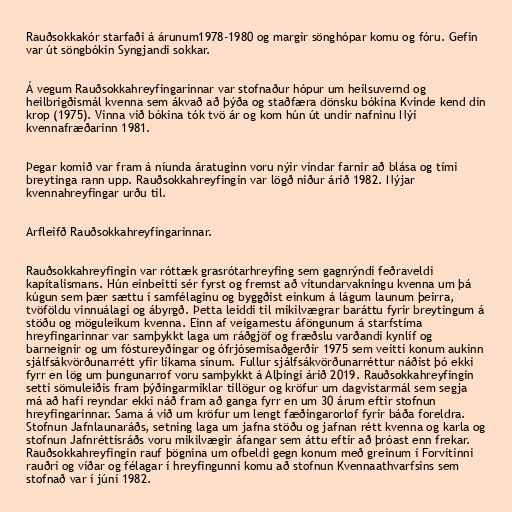
Rauðsokkakór starfaði á árunum1978-1980 og margir sönghópar komu og fóru. Gefin
var út söngbókin Syngjandi sokkar.

Á vegum Rauðsokkahreyfingarinnar var stofnaður hópur um heilsuvernd og
heilbrigðismál kvenna sem ákvað að þýða og staðfæra dönsku bókina Kvinde kend din
krop (1975). Vinna við bókina tók tvö ár og kom hún út undir nafninu Nýi
kvennafræðarinn 1981.

Þegar komið var fram á níunda áratuginn voru nýir vindar farnir að blása og tími
breytinga rann upp. Rauðsokkahreyfingin var lögð niður árið 1982. Nýjar
kvennahreyfingar urðu til.

Arfleifð Rauðsokkahreyfingarinnar.

Rauðsokkahreyfingin var róttæk grasrótarhreyfing sem gagnrýndi feðraveldi
kapítalismans. Hún einbeitti sér fyrst og fremst að vitundarvakningu kvenna um þá
kúgun sem þær sættu í samfélaginu og byggðist einkum á lágum launum þeirra,
tvöföldu vinnuálagi og ábyrgð. Þetta leiddi til mikilvægrar baráttu fyrir breytingum á
stöðu og möguleikum kvenna. Einn af veigamestu áföngunum á starfstíma
hreyfingarinnar var samþykkt laga um ráðgjöf og fræðslu varðandi kynlíf og
barneignir og um fóstureyðingar og ófrjósemisaðgerðir 1975 sem veitti konum aukinn
sjálfsákvörðunarrétt yfir líkama sínum. Fullur sjálfsákvörðunarréttur náðist þó ekki
fyrr en lög um þungunarrof voru samþykkt á Alþingi árið 2019. Rauðsokkahreyfingin
setti sömuleiðis fram þýðingarmiklar tillögur og kröfur um dagvistarmál sem segja
má að hafi reyndar ekki náð fram að ganga fyrr en um 30 árum eftir stofnun
hreyfingarinnar. Sama á við um kröfur um lengt fæðingarorlof fyrir báða foreldra.
Stofnun Jafnlaunaráðs, setning laga um jafna stöðu og jafnan rétt kvenna og karla og
stofnun Jafnréttisráðs voru mikilvægir áfangar sem áttu eftir að þróast enn frekar.
Rauðsokkahreyfingin rauf þögnina um ofbeldi gegn konum með greinum í Forvitinni
rauðri og víðar og félagar í hreyfingunni komu að stofnun Kvennaathvarfsins sem
stofnað var í júní 1982.